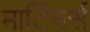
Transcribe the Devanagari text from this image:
मार्टियर्स